Annual report of the Imperial Bacteriological Laboratory, Muktesar
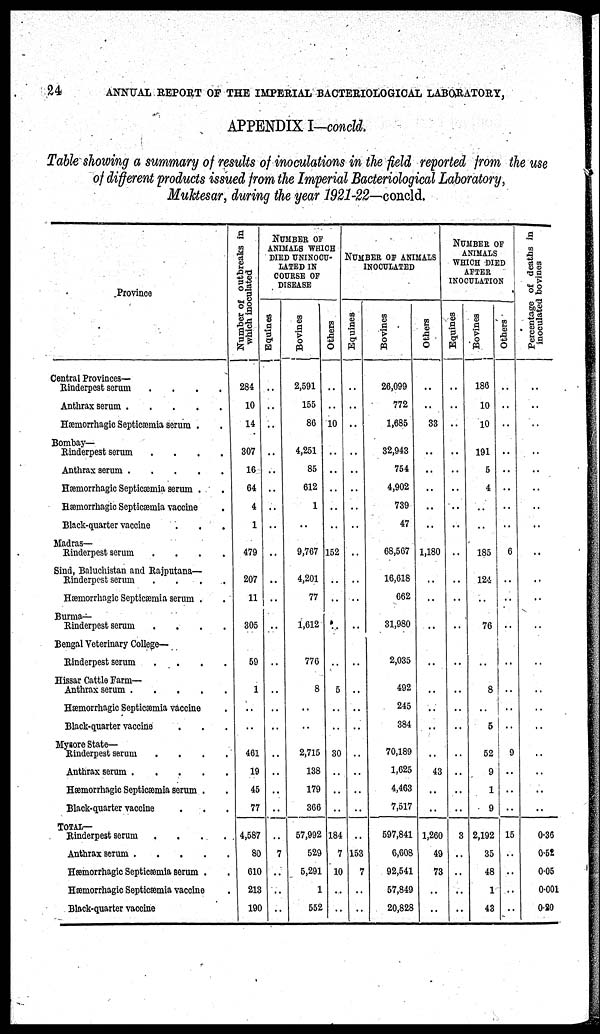
24
ANNUAL REPORT OF THE IMPERIAL BACTERIOLOGICAL LABORATORY,
APPENDIX I-concld.
Table showing a summary of results of inoculations in the field reported from the use
of different products issued from the Imperial Bacteriological Laboratory,
Muktesar, during the year 1921-22—concld.
Province
Central Provinces-
Rinderpest serum
Anthrax serum
Hæmorrhagic Septicæmia serum
Bombay-
Rinderpest serum
Anthrax serum
Hæmorrhagic Septicæmia serum
Hæmorrhagic Septicæmia vaccine
Black-quarter vaccine
Madras-
Rinderpest serum
Sind, Baluchistan and Rajputana—
Rinderpest serum
Hæmorrhagic Septicæmia serum
Burma-
Rinderpest
serum
Bengal Veterinary College-
Rinderpest serum
Hissar Cattle Farm-
Anthrax serum
Hæmorrhagic Septicæmia vaccine
Black-quarter vaccine
Mysore State—
Rinderpest serum
Anthrax serum
Hæmorrhagic Septicæmia serum
Black-quarter vaccine
TOTAL—
Rinderpest serum
Anthrax serum
Hæmorrhagic Septicæmia serum
Hæmorrhagic Septicæmia vaccine
Black-quarter vaccine
Number
of outbreaks in
which inoculated
284
10
14
307
16
64
4
1
479
207
11
305
59
1
..
..
461
19
45
77
4,587
80
610
213
190
NUMBER OF
ANIMALS WHICH
DIED UNINOCU-
LATED IN
COURSE OF
DISEASE
Equines
..
..
..
..
..
..
..
..
..
..
..
..
..
..
..
..
..
..
..
7
..
..
..
Bovines
2,591
155
86
4,251
85
612
1
..
9,767
4,201
77
1,612
..
776
8
..
2,715
138
179
366
57,992
529
5,291
1
552
Others
..
..
10
..
..
..
..
..
152
..
..
..
..
5
..
30
..
..
184
7
10
..
..
NUMBER OF ANIMALS
INOCULATED
Equines
..
..
..
..
..
..
..
..
..
..
..
..
..
..
..
..
..
..
..
..
153
7
..
..
Bovines
26,099
772
1,685
32,943
754
4,902
739
47
68,567
16,618
662
31,980
2,035
492
245
384
70,189
1,625
4,463
7,517
597,841
6,608
92,541
57,849
20,828
Others
..
..
33
..
..
..
..
..
1,180
..
..
..
..
..
..
..
..
43
..
..
1,260
49
73
..
..
NUMBER OF
ANIMALS
WHICH DIED
AFTER
INOCULATION
Equines
..
..
..
..
..
..
..
..
..
..
..
..
..
..
..
..
..
..
..
3
..
..
..
..
Bovines
186
10
10
191
5
4
..
..
185
124
..
76
..
8
..
5
52
9
1
9
2,192
35
48
1
43
Others
..
..
..
..
..
..
..
..
6
..
..
..
..
..
..
..
..
..
..
..
15
..
..
..
..
Percentage of deaths in
inoculated bovines
..
..
..
..
..
..
..
..
..
..
..
..
..
..
..
..
..
..
..
..
0.36
0.52
0.05
0.001
0.20